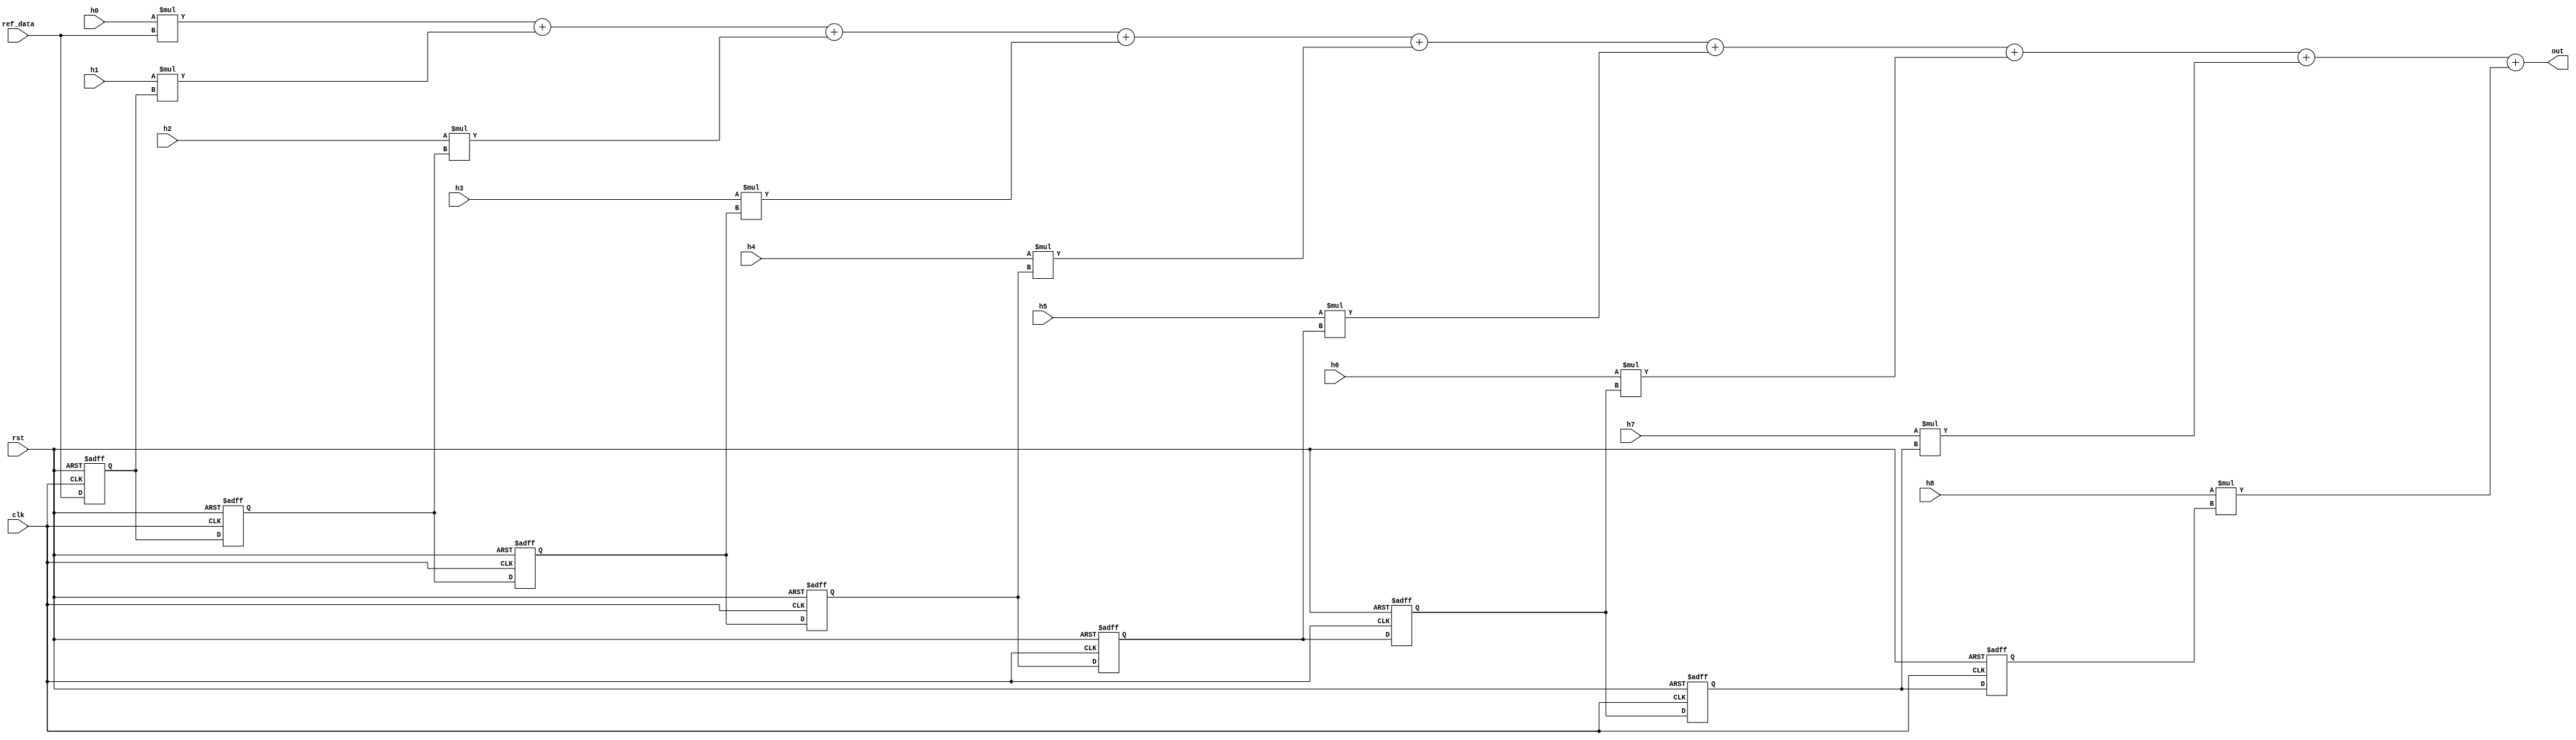
module fir_filter(clk, rst, ref_data, h0, h1, h2, h3, h4, h5, h6, h7, h8, out);
input clk, rst;
input signed [7:0] ref_data;
input signed [19:0] h0, h1, h2, h3, h4, h5, h6, h7, h8;
output signed [31:0] out;
reg signed [7:0] sample1, sample2, sample3, sample4, sample5, sample6, sample7, sample8;
assign out = h0*ref_data+h1*sample1+h2*sample2+h3*sample3+h4*sample4+h5*sample5+h6*sample6+h7*sample7+h8*sample8;  //(5-1)
initial begin
sample1 <= 0;
sample2 <= 0;
sample3 <= 0;
sample4 <= 0;
sample5 <= 0;
sample6 <= 0;
sample7 <= 0;
sample8 <= 0;
end
always @ (posedge clk or negedge rst) begin
if(!rst) begin
  sample1 <= 0;
  sample2 <= 0;
  sample3 <= 0;
  sample4 <= 0;
  sample5 <= 0;
  sample6 <= 0;
  sample7 <= 0;
  sample8 <= 0;
end
else begin
  sample1 <= ref_data;  //
  sample2 <= sample1;
  sample3 <= sample2;
  sample4 <= sample3;
  sample5 <= sample4;
  sample6 <= sample5;
  sample7 <= sample6;
  sample8 <= sample7;
end
end
endmodule